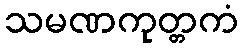
သမဏကုတ္တကံ